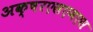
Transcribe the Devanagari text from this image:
अक्षरएसएमएस